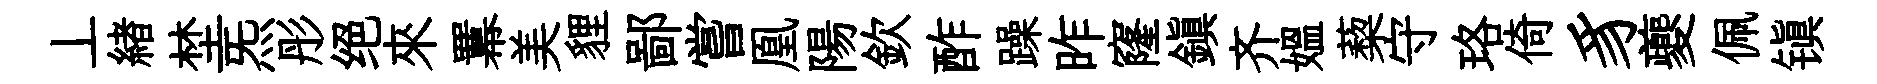
丄緖埜炁彤绝來羃美貍鄙嘗凰陽欽酢躁昨窿鎮齐媪蔾守珞倚豸夔佩镇